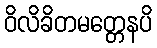
ဝိလိခိတမတ္တေနပိ